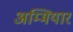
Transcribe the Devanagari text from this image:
अम्मियार